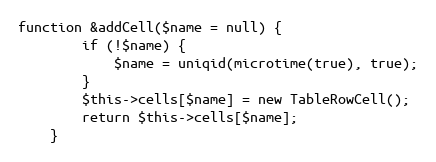
Language: PHP
function &addCell($name = null) {
        if (!$name) {
            $name = uniqid(microtime(true), true);
        }
        $this->cells[$name] = new TableRowCell();
        return $this->cells[$name];
    }